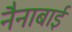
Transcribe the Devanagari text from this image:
नैनाबाई